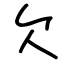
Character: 欠